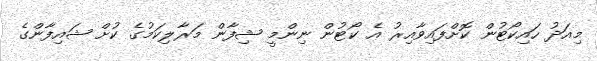
މިއަދު ހައިކޯޓުން ކޮށްފައިވާއިރު އެ ކޯޓުން ނިންމީ ޝިފާން މަރާލިކަމުގެ ކުށް ޝައިފާންގެ